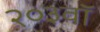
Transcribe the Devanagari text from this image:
२०३वॉ